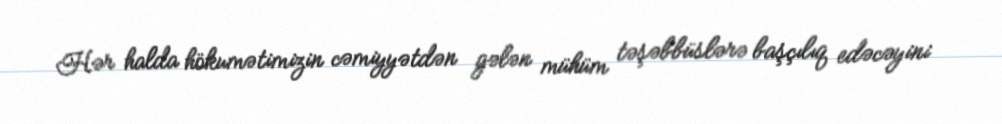
Hər halda hökumətimizin cəmiyyətdən gələn mühüm təşəbbüslərə başçılıq edəcəyini